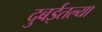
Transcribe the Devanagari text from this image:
दुबईतल्या